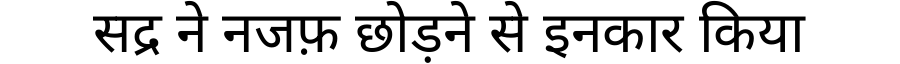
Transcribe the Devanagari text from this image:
सद्र ने नजफ़ छोड़ने से इनकार किया